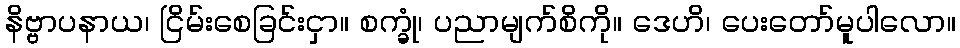
နိဗ္ဗာပနာယ၊ ငြိမ်းစေခြင်းငှာ။ စက္ခုံ၊ ပညာမျက်စိကို။ ဒေဟိ၊ ပေးတော်မူပါလော။